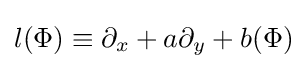
l(\Phi )\equiv \partial _{x}+a\partial _{y}+b(\Phi )